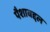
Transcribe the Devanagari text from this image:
पैशाबद्दल